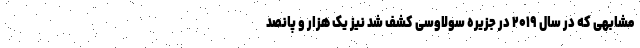
مشابهی که در سال ۲۰۱۹ در جزیره سولاوسی کشف شد نیز یک هزار و پانصد